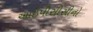
આઇપીસીસીનો